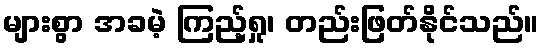
များစွာ အခမဲ့ ကြည့်ရှု၊ တည်းဖြတ်နိုင်သည်။